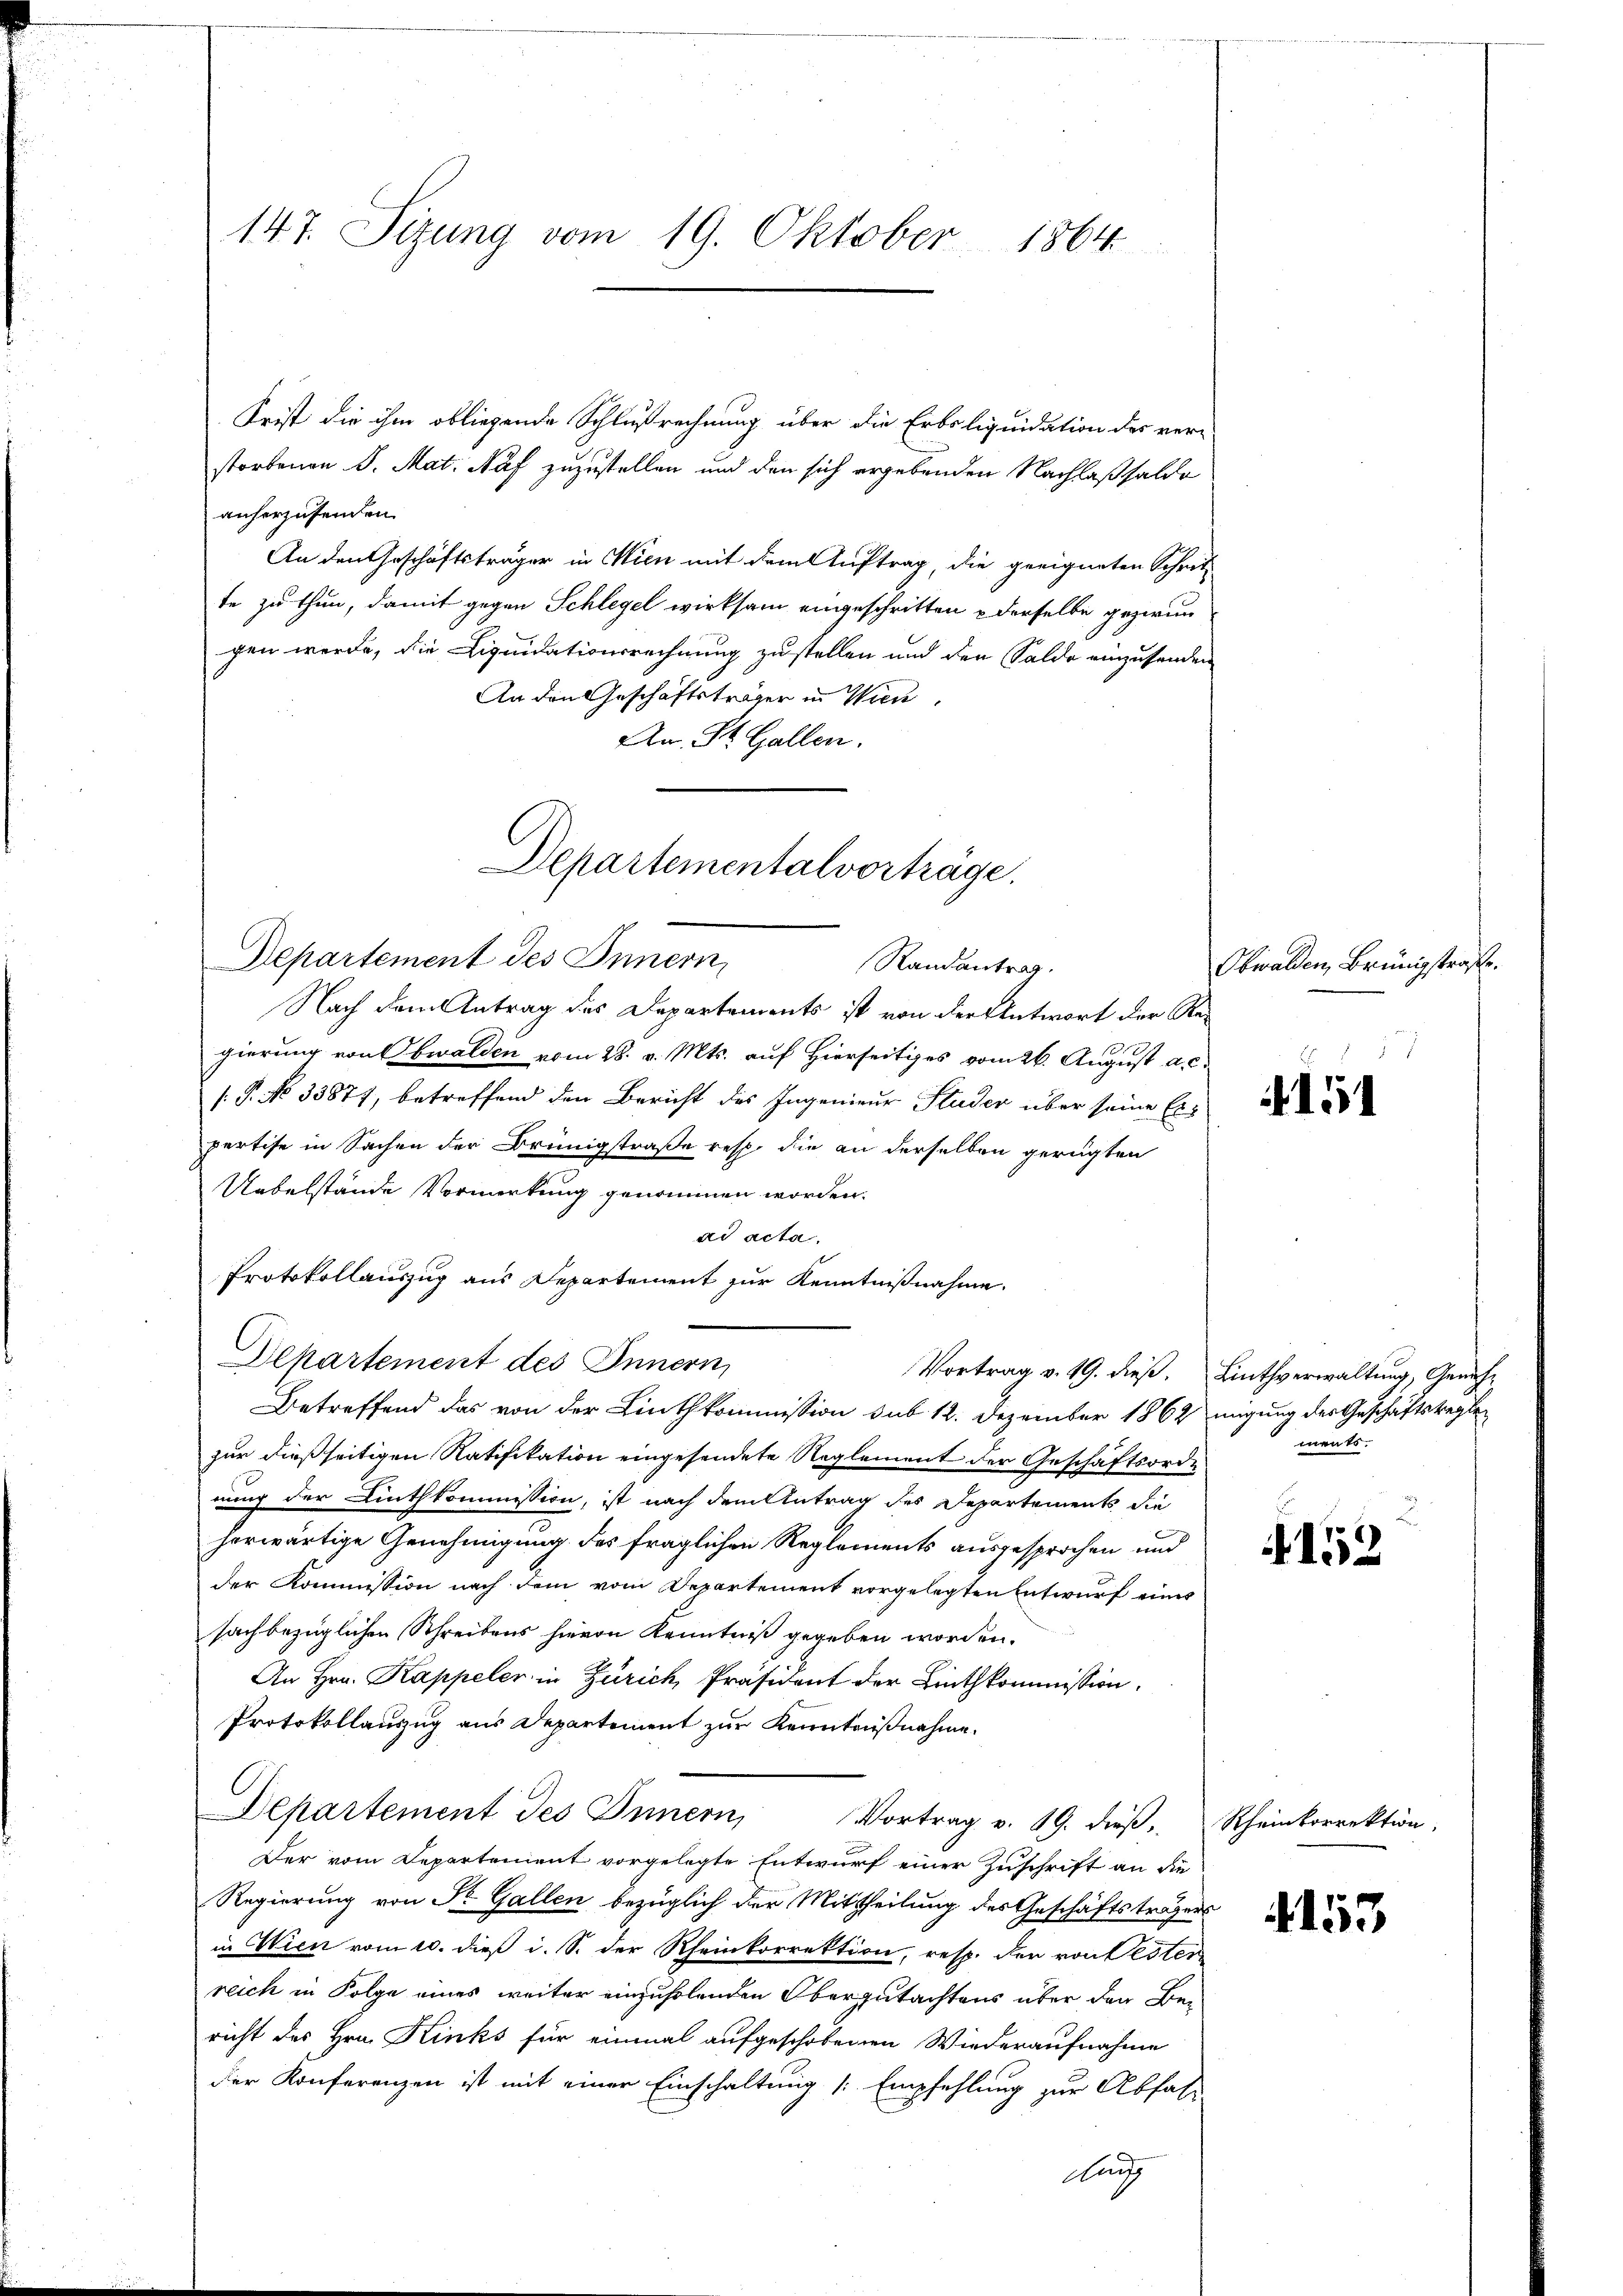
147. Sizung vom 19. Oktober 1864.

Frist die ihm obliegende Schlußrechnung über die Erbsliquidation des ver-
storbenen S. Mat. Naf zuzustellen und den sich ergebenden Nachlaßsalde
anherzusenden
An den Geschäftsträger in Wien mit dem Auftrag, die geeigneten Schrit-
te zu thun, damit gegen Schlegel wirksam eingeschritten & derselbe gezwun
gen werde, die Liquidationsrechnung zustellen und den Salde einzusenden
An den Geschäftsträger in Wien,
An St. Gallen.

Departementalvorträge.
Departement des Innern,
Randantrag.

Nach dem Antrag des Departements ist von der Antwort der Re¬
2
gierung von Obwalden vom 28. v. Mts. auf Hierseitiges vom 26. August a. c.
[.P. No 33877, betreffend den Bericht des Ingenieur Studer über seine Erpertise in Sachen der Brüngstraße resp. die an derselben gerügten
Uebelstände Vormerkung genommen worden.
ad acta.
Protokollauszug aus Departement zur Kenntnißnahme.
Departement des Innern,
Vortrag v. 19. dieß,
Betreffend das von der Linthkommission sub 12. Dezember 1862 migung der Geschäftsreglezur dießseitigen Ratifikation eingesendete Reglement der Geschäftsordrung der Linthkommission, ist nach dem Antrag des Departements die
herwärtige Genehmigung des fraglichen Reglements ausgesprochen und
der Kommission nach dem vom Departement vorgelegten Entwurf eines
sachbezüglichen Schreibens hievon Kenntniß gegeben worden.
An Hrn. Kappeler in Zürich, Präsident der Linthkommission.
Protokollauszug aus Departement zur Kenntnißnahme.
C
Departement des Innern,
Vortrag v. 19. dieß,
Der vom Departement vorgelegte Entwurf einer Zuschrift an die
Regierung von Sr. Gallen bezüglich der Mittheilung des Geschäftsträgers
in Wien vom 10. dieß i. S. der Rheinkorrektion, resp. den von Pester
reich in Folge eines weiter einzuholenden Obergutachtens über den Bericht des Hrn. Kinks für einmal aufgeschobenen Wiederaufnahme
der Konferenzen ist mit einer Einschaltung (: Empfehlung zur Abfahr
Aarg

Obwalden, Brünigstrafe.

15

Linthverwaltung, Genehments.

§152

Rheinkorrektion,

4153